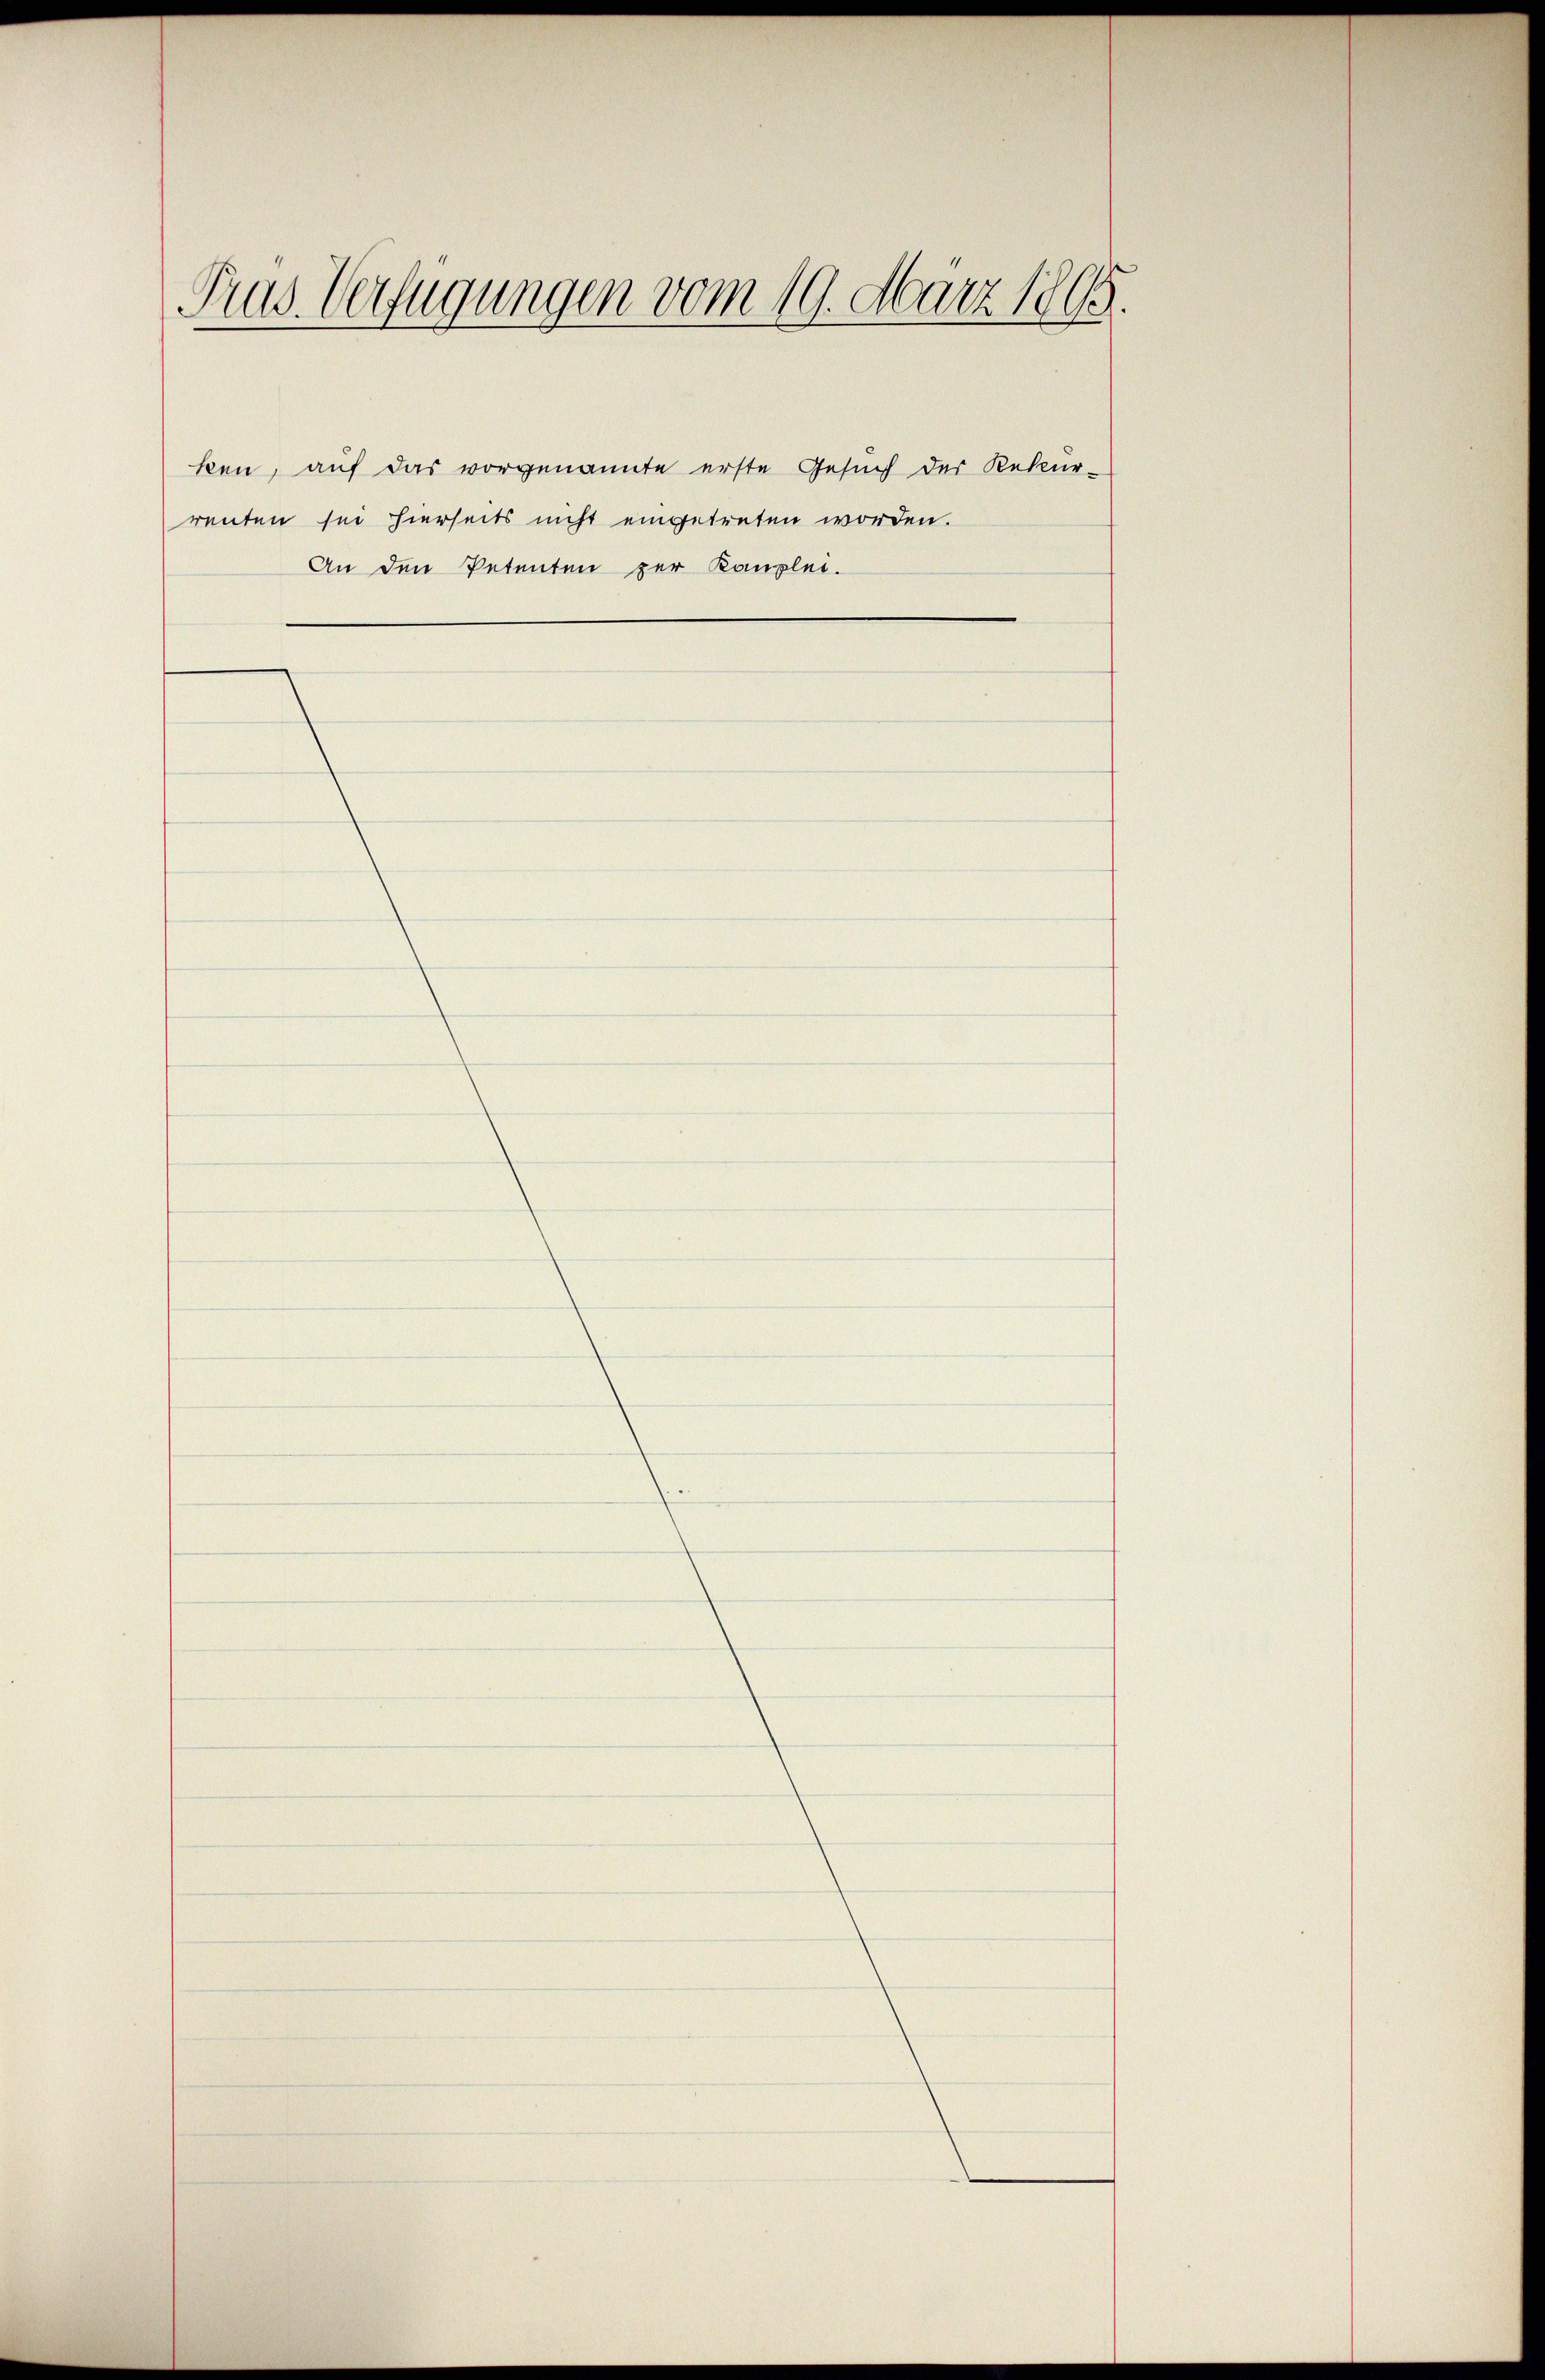
Präs. Verfügungen vom 19. März 1865.

ken, auf das vorgenannte erste Gesuch der Rekur-
renten sei hierseits nicht eingetreten worden.
An den Petenten zur Kanzlei-